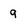
Character: 9